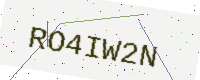
Text: RO4IW2N